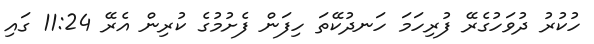
ހުކުރު ދުވަހުގެރޭ ފުރިހަމަ ހަނދުކޭތަ ހިފަން ފެށުމުގެ ކުރިން އެރޭ 11:24 ގައި